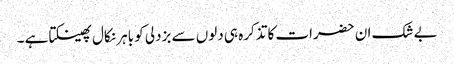
بے شک ان حضرات کا تذکرہ ہی دلوں سے بزدلی کو باہر نکال پھینکتا ہے ۔